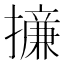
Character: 𢶧